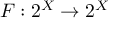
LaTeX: F : 2 ^ { X } \to 2 ^ { X }